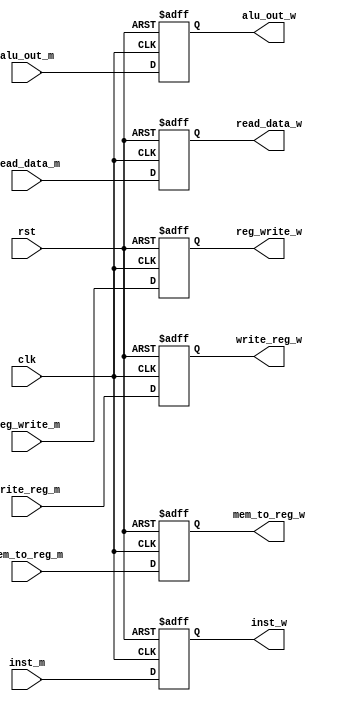
// This file is part of the umips project.
// Copyright (c) 2011 Ibrahim Abd Elkader <i.abdalkader@gmail.com> 
// See the file COPYING for copying permission.

module umips_write_back (
	input wire clk, 
    input wire rst,

	input wire [31:0] inst_m, 
    output reg [31:0] inst_w, //for simulation only

	input wire reg_write_m, 
    output reg reg_write_w, 

    input wire mem_to_reg_m, 
    output reg mem_to_reg_w,

	input wire [31:0] read_data_m, 
    output reg [31:0] read_data_w,

	input wire [4:0] write_reg_m, 
    output reg [4:0] write_reg_w,

	input wire [31:0] alu_out_m,
    output reg [31:0] alu_out_w
);
	always @(posedge clk, negedge rst)
		if (rst == 0) begin			
			inst_w			<= 0;		
			reg_write_w	    <= 0;
			mem_to_reg_w	<= 0;
			read_data_w	    <= 0;
			alu_out_w 		<= 0;
			write_reg_w  	<= 0;
		end
		else begin		
			inst_w			<= inst_m;
			reg_write_w	    <= reg_write_m;
			mem_to_reg_w	<= mem_to_reg_m;
			read_data_w	    <= read_data_m;
			alu_out_w 		<= alu_out_m;
			write_reg_w  	<= write_reg_m;
		end
endmodule